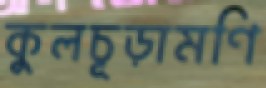
কুলচূড়ামণি